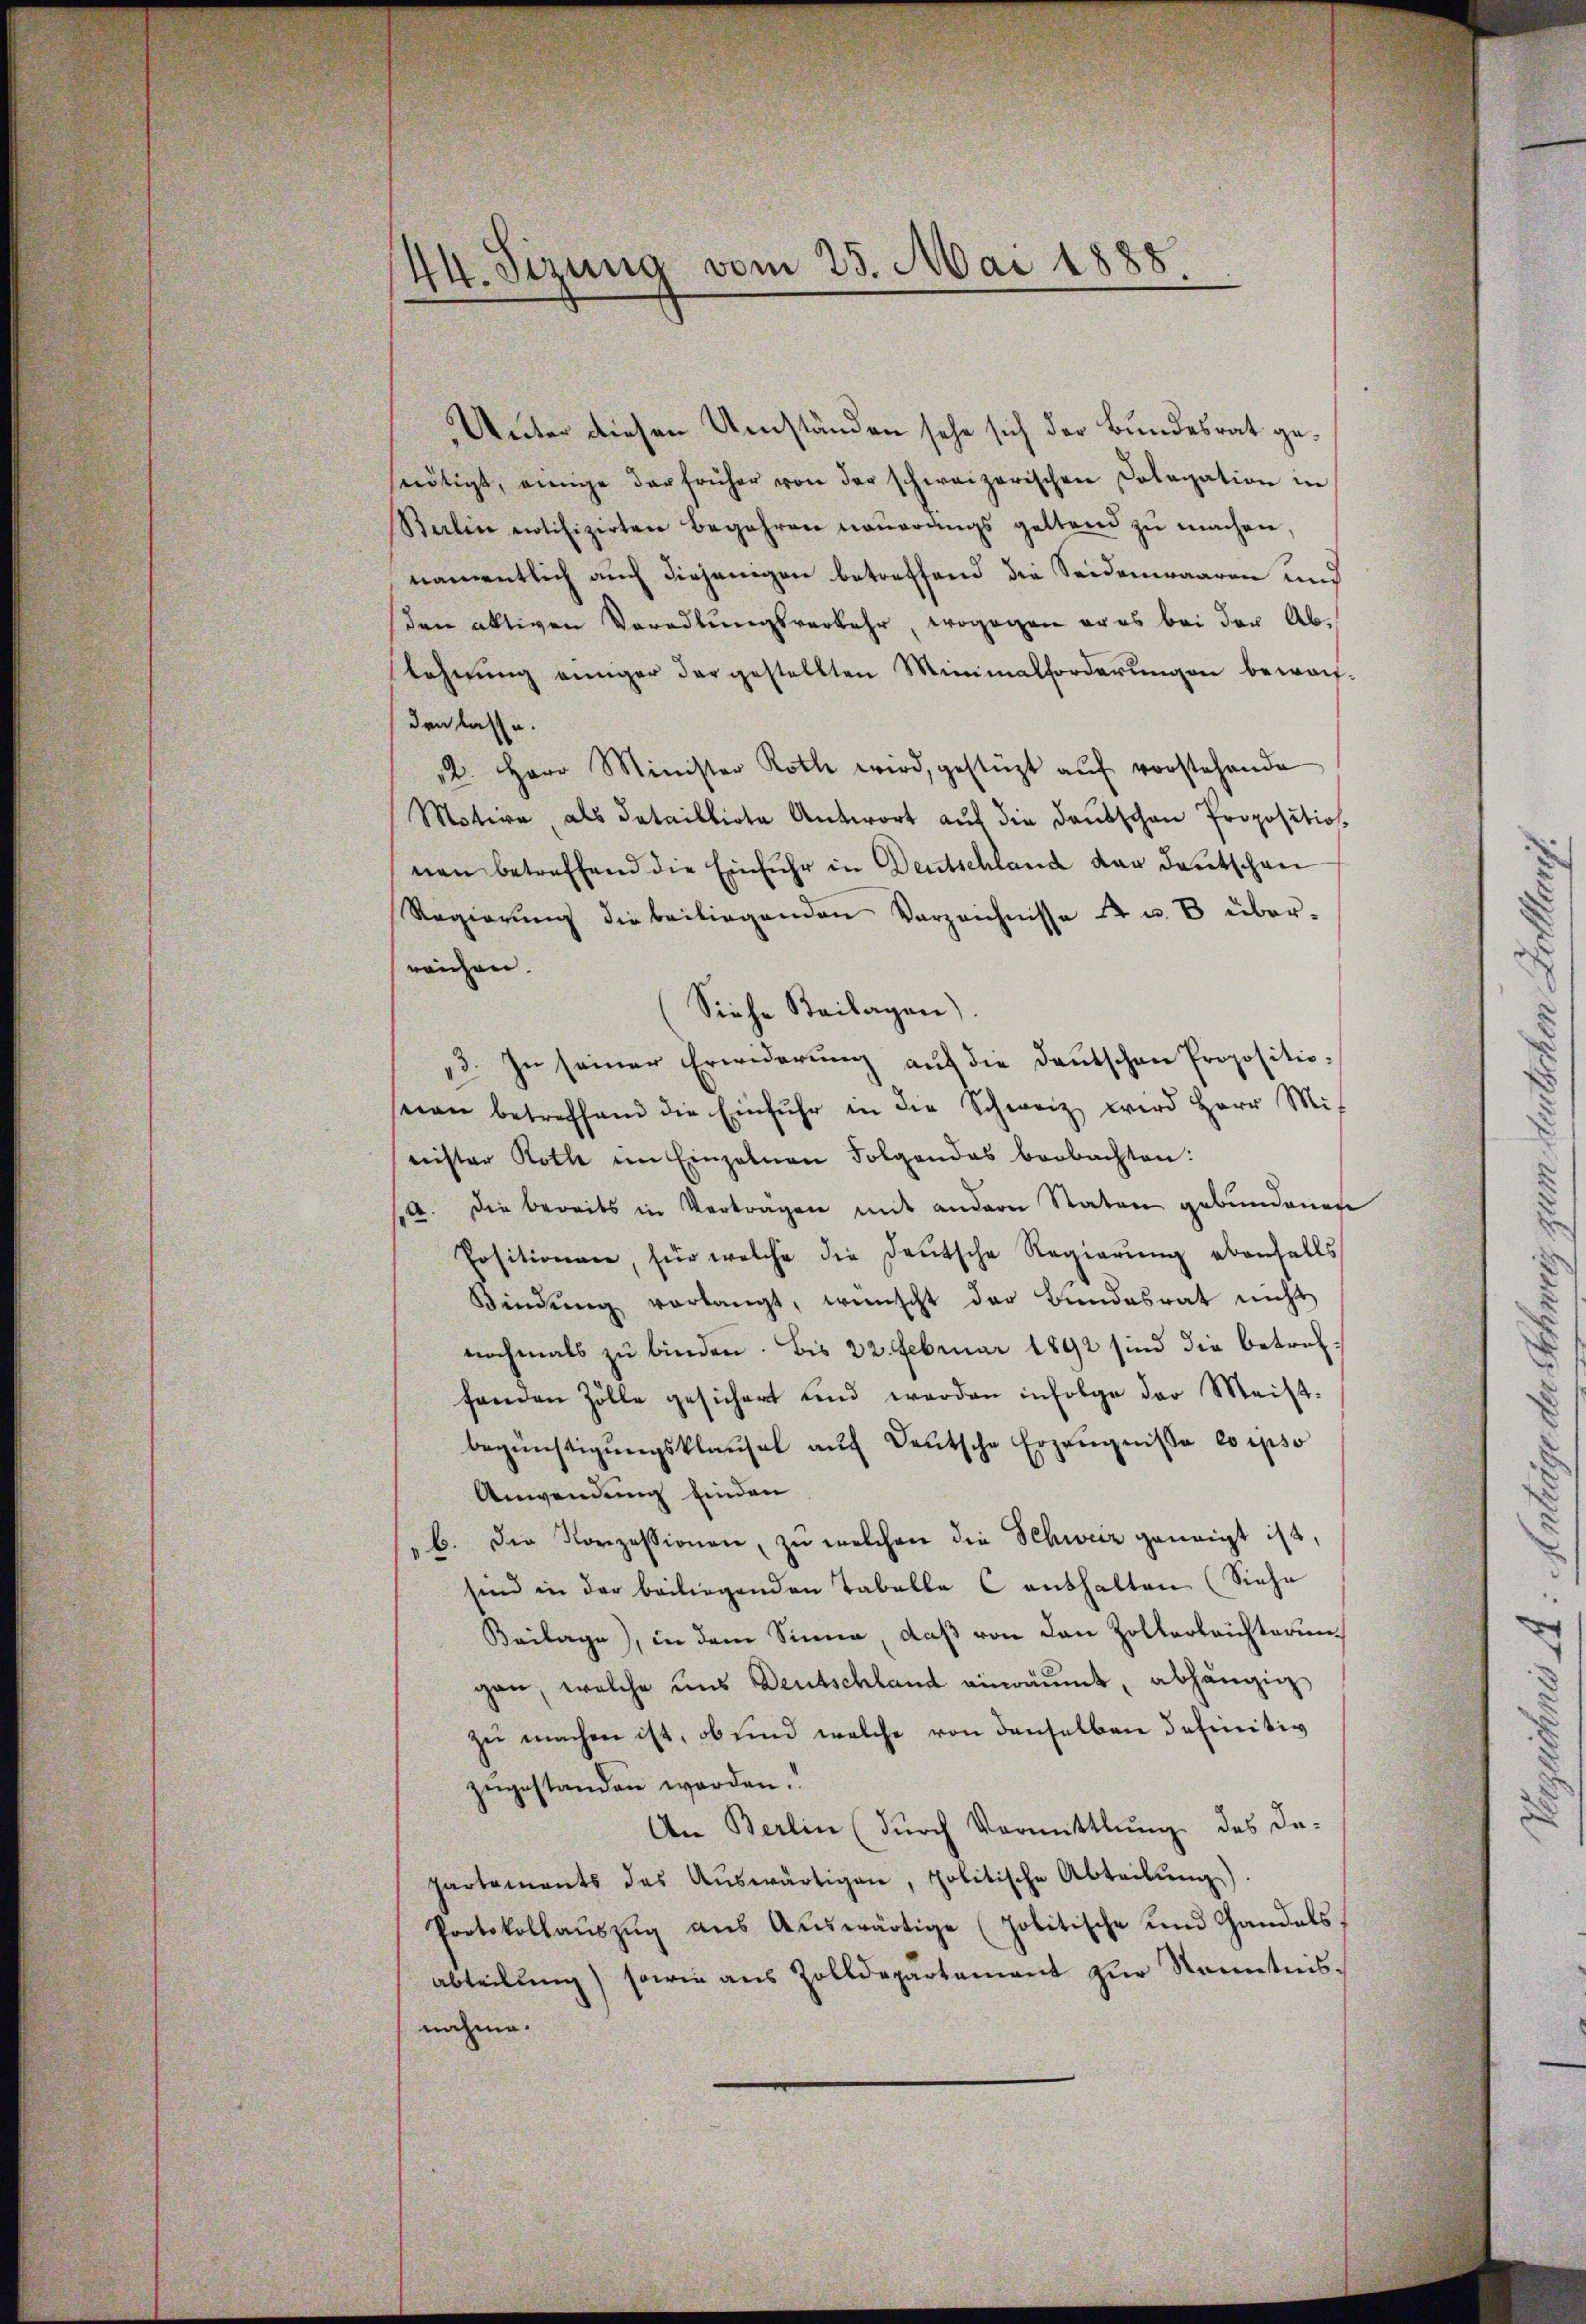
44. Sizung vom 25. Mai 1888

Unter diesen Umständen sehe sich der Bundesrat geseitigt, einige der früher von der schweizerischen Cologation in
Balin notifizirten Begehren naŭerŭngs geltend zŭ machen,
namentlich auch diejenigen betreffend die Seidenwaaren und
den ältigen Voradlungsverkehr, wogegen er es bei der Ablehnŭng einiger der gestellten Minimalforderŭngen bewach-
den lasse.
12. Herr Minister Roth wird, gestützt aŭf vorstehende
Motive, als dataillirte Antwort auf die Deutschen Proposition.
nen betreffend die Einfuhr in Deutschland dar Deutschen
Regierŭng die beiliegenden Verzeichnisse 2 u. 8 über-
reichen.
Siehe Beilagen).
3. In seiner Erwiderŭng auf die Deutschen Propositioean betreffend die Einfuhr in die Schweiz wird Herr Mit
nister Roth im Einzelnen Folgendes beobachten:
a. Die bereits in Vertragen mit andern Staten gebundenen
Positionen, für welche die Deutsche Regierŭng ebenfalls
Bindŭng verlangt, wünscht der Bŭndesrat nicht
nochmals zu binden. Bis 22. Februar 1892 sind die betreffanden Zölle gesichert und werden infolge der Meist-
begünstigŭngsklausel aŭf deutsche Erzeŭgnisse eo ipso
Anwendung finden
b. Die Konzessionen, zŭ welchen die Schweiz geneigt ist,
sind in der beiliegenden Tabelle Centhalten (Siehe
Beilage), in dem Sinne, daβ von den Zollerbrichterung
gen, welche uns Deutschland einräumt, abhängig
zu machen ist, ob und welche von denselben definitiv
zugestanden worden.
An Berlin (dŭrch Vormittlung des da-
partaments das Aŭswärtigen, politische Abteilŭng).
Protokollaŭszŭg aŭs Aŭswärtige (politische und Handels,
abteilŭng sowie aus Zolldepartement zŭr Kenntnisnahme.